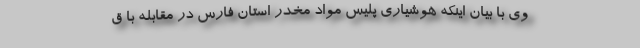
وی با بیان اینکه هوشیاری پلیس مواد مخدر استان فارس در مقابله با ق